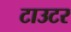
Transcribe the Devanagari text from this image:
टाउटर